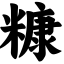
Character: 糠